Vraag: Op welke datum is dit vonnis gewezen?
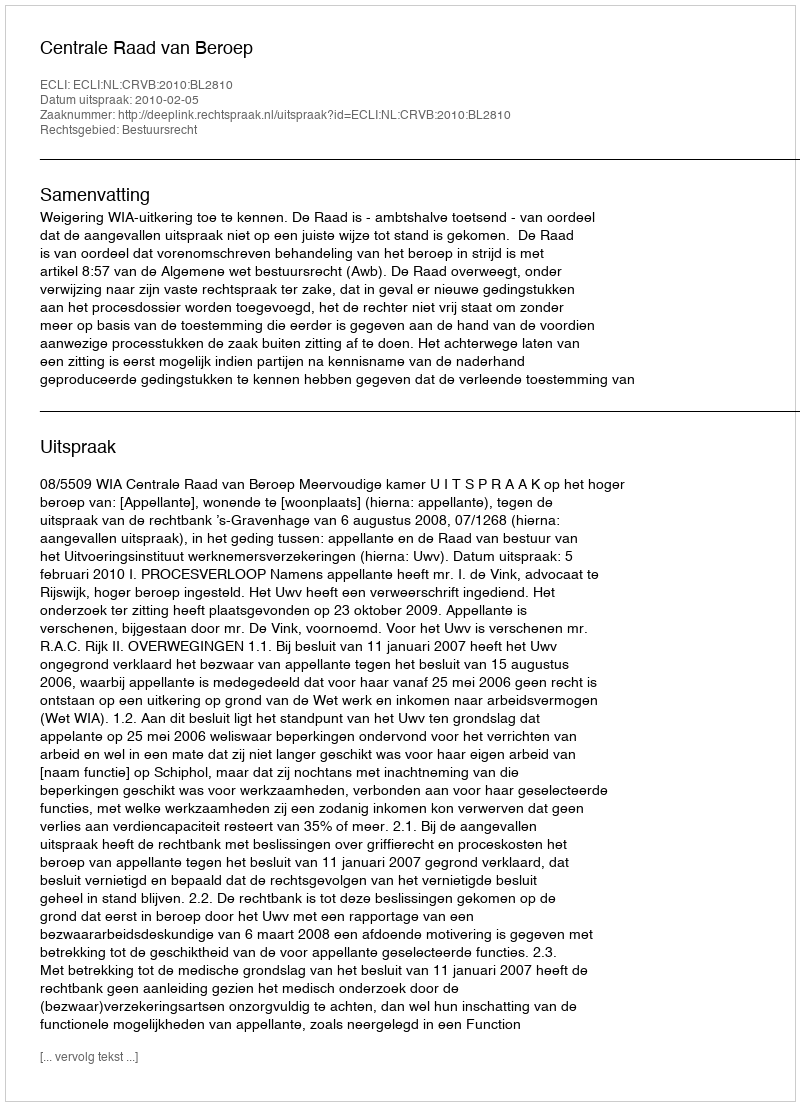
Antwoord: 2010-02-05